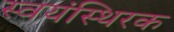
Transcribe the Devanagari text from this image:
स्वयंस्थिरक